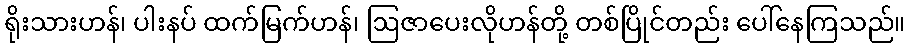
ရိုးသားဟန်၊ ပါးနပ် ထက်မြက်ဟန်၊ ဩဇာပေးလိုဟန်တို့ တစ်ပြိုင်တည်း ပေါ်နေကြသည်။